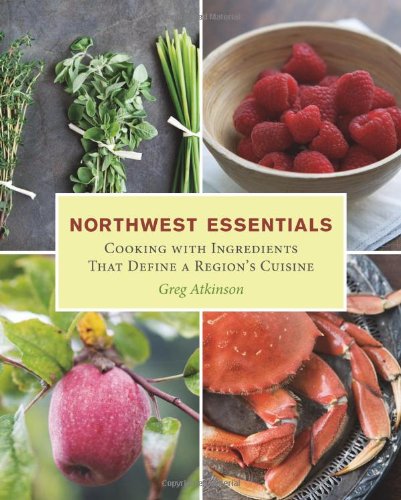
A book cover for Northwest Essentials: Cooking with Ingredients That Define a Region's Cuisine; Greg Atkinson; Cookbooks, Food & Wine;